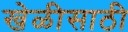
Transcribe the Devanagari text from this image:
खेळीसाठी